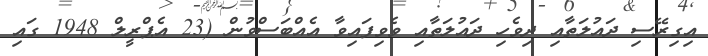
އިގިރޭސި ދައުލަތާއި ދިވެހި ދައުލަތާއި ވެވިފައިވާ އެއްބަސްވުން (23 އެޕްރީލް 1948 ގައި